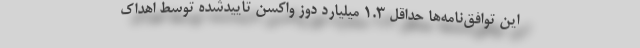
این توافق‌نامه‌ها حداقل ۱.۳ میلیارد دوز واکسن تاییدشده توسط اهداک